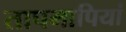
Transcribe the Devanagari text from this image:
तापमापियां